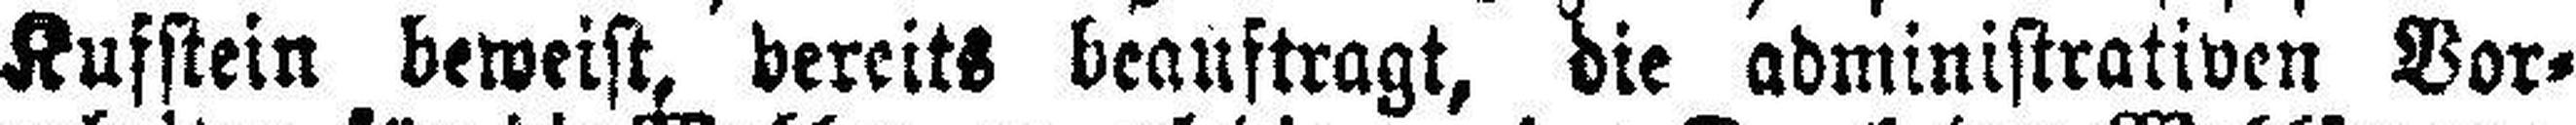
Kufstein beweist, bereits beauftragt, die administrativen Vor¬